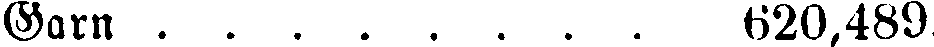
Garn 620,489.